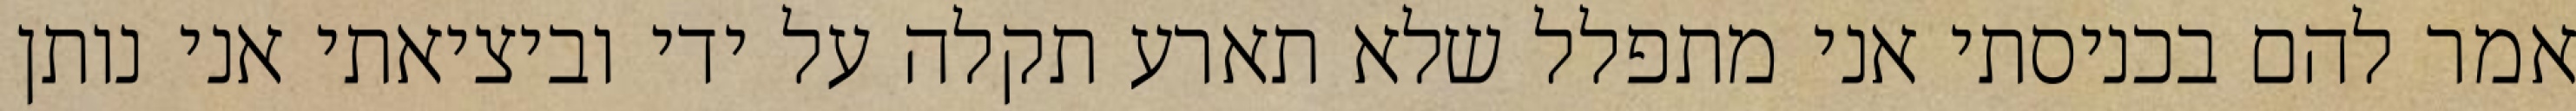
אמר להם בכניסתי אני מתפלל שלא תארע תקלה על ידי וביציאתי אני נותן